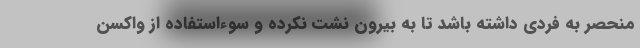
منحصر به فردی داشته باشد تا به بیرون نشت نکرده و سوءاستفاده از واکسن